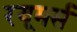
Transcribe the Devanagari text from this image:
रयूमर्स